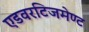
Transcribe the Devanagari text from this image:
एडवरटिजमेण्ट